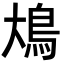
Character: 䲪